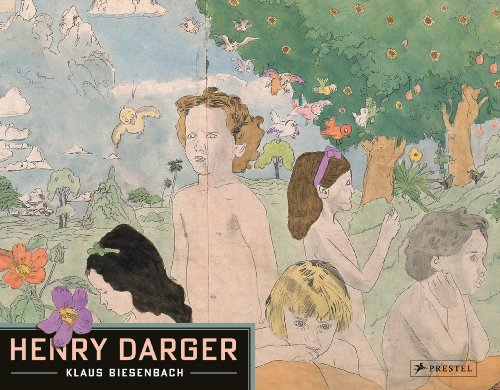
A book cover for Henry Darger; Klaus Biesenbach; Arts & Photography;